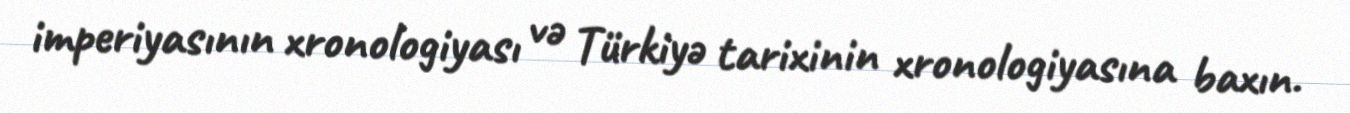
imperiyasının xronologiyası və Türkiyə tarixinin xronologiyasına baxın.